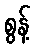
စွန့်